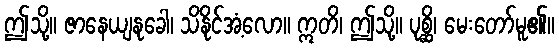
ဤသို့။ ဇာနေယျနုခေါ၊ သိနိုင်အံ့လော။ ဣတိ၊ ဤသို့။ ပုစ္ဆိ၊ မေးတော်မူ၏။